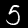
Label: 5